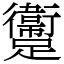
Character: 躛